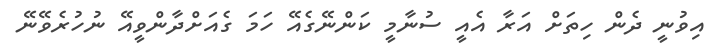
އިވުނީ ދެން ހިތަށް އަރާ އެއީ ސުނާމީ ކަންނޭގެއޭ ހަމަ ގެއަށްދާންވީއޭ ނުހުރެވޭނޭ